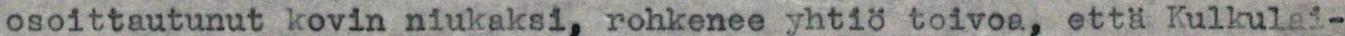
osoittautunut kovin niukaksi, rohkenee yhtiö toivoa, että Kulkulai-